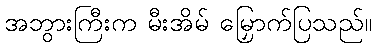
အဘွားကြီးက မီးအိမ် မြှောက်ပြသည်။